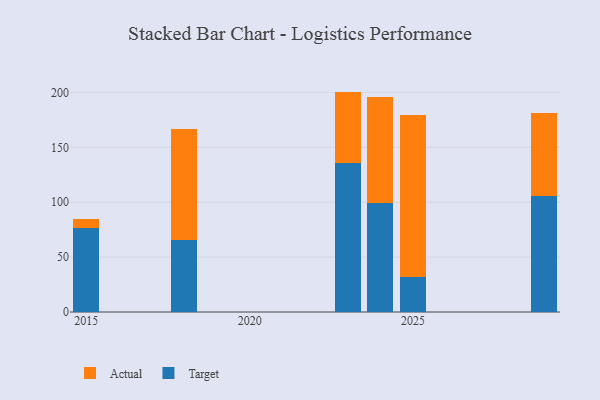
{"axis": {"x": "Year", "y": "Market Share (%)"}, "legend": ["Actual", "Target"], "data": [{"x": "2015", "y": 76.8, "type": "Target"}, {"x": "2015", "y": 7.9, "type": "Actual"}, {"x": "2018", "y": 65.8, "type": "Target"}, {"x": "2018", "y": 100.9, "type": "Actual"}, {"x": "2023", "y": 135.8, "type": "Target"}, {"x": "2023", "y": 65.0, "type": "Actual"}, {"x": "2024", "y": 99.4, "type": "Target"}, {"x": "2024", "y": 96.6, "type": "Actual"}, {"x": "2029", "y": 105.9, "type": "Target"}, {"x": "2029", "y": 75.3, "type": "Actual"}, {"x": "2025", "y": 32.0, "type": "Target"}, {"x": "2025", "y": 147.6, "type": "Actual"}]}